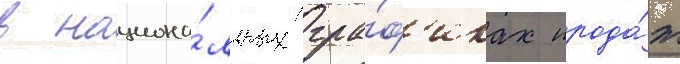
в национа́льных гра́ф'иках прода́ж